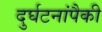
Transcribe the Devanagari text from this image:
दुर्घटनांपैकी